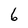
Character: 6